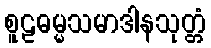
စူဠဓမ္မသမာဒါနသုတ္တံ